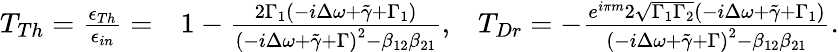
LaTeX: \begin{array}{rlr}{T_{Th}=\frac{\epsilon_{Th}}{\epsilon_{in}}=}&{1-\frac{2\Gamma_{1}\left(-i\Delta\omega+\tilde{\gamma}+\Gamma_{1}\right)}{\left(-i\Delta\omega+\tilde{\gamma}+\Gamma\right)^{2}-\beta_{12}\beta_{21}},}&{T_{Dr}=-\frac{e^{i\pi m}2\sqrt{\Gamma_{1}\Gamma_{2}}\left(-i\Delta\omega+\tilde{\gamma}+\Gamma_{1}\right)}{\left(-i\Delta\omega+\tilde{\gamma}+\Gamma\right)^{2}-\beta_{12}\beta_{21}}.}\end{array}